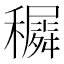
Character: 𥣡